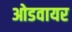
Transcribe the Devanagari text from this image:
ओडवायर